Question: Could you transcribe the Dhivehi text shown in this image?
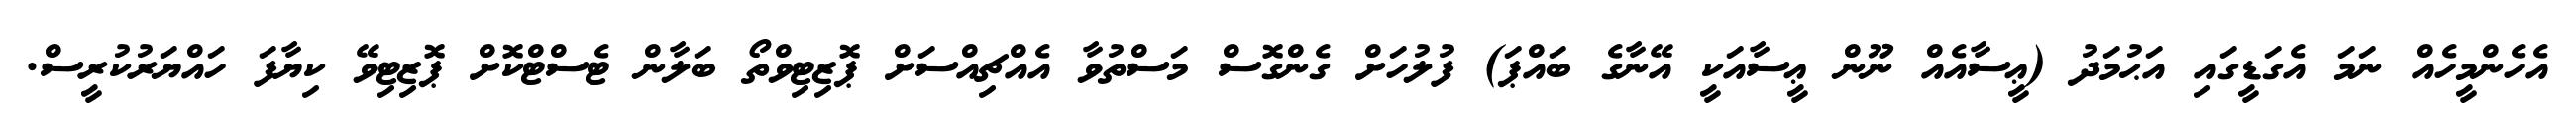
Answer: އެހެންމީހެއް ނަމަ އެގަޑީގައި އަޙުމަދު (ޢީސާއެއް ނޫން ޢީސާއަކީ އޭނާގެ ބައްޕަ) ފުލުހަށް ގެންގޮސް މަސްތުވާ އެއްޗިއްސަށް ޕޮޒިޓިވްތޯ ބަލާން ޓެސްޓްކޮށް ޕޮޒިޓިވޭ ކިޔާފަ ހައްޔަރުކުރީސް.